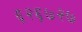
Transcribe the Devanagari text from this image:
६२६७२७